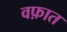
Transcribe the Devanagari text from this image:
वफ़ात